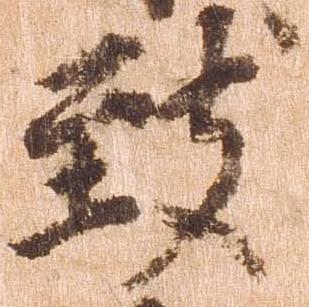
致